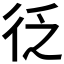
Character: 𭛦